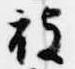
被